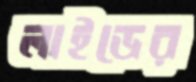
লাইডের